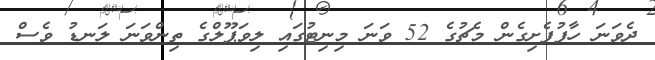
ދެވަނަ ހާފުފެށިގެން މެޗުގެ 52 ވަނަ މިނިޓުގައި ލިވަޕޫލްގެ ތިންވަނަ ލަނޑު ވެސް